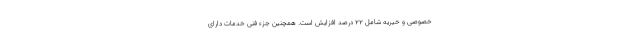
خصوصی و خیریه شامل ۲۲ درصد افزایش است. همچنین جزء فنی خدمات دارای